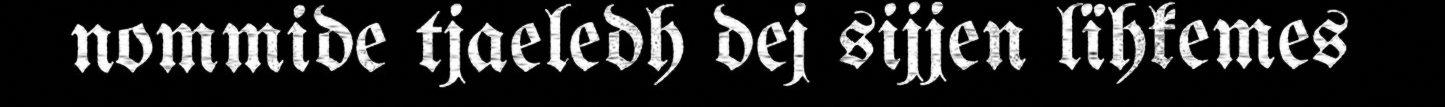
nommide tjaeledh dej sijjen lïhkemes